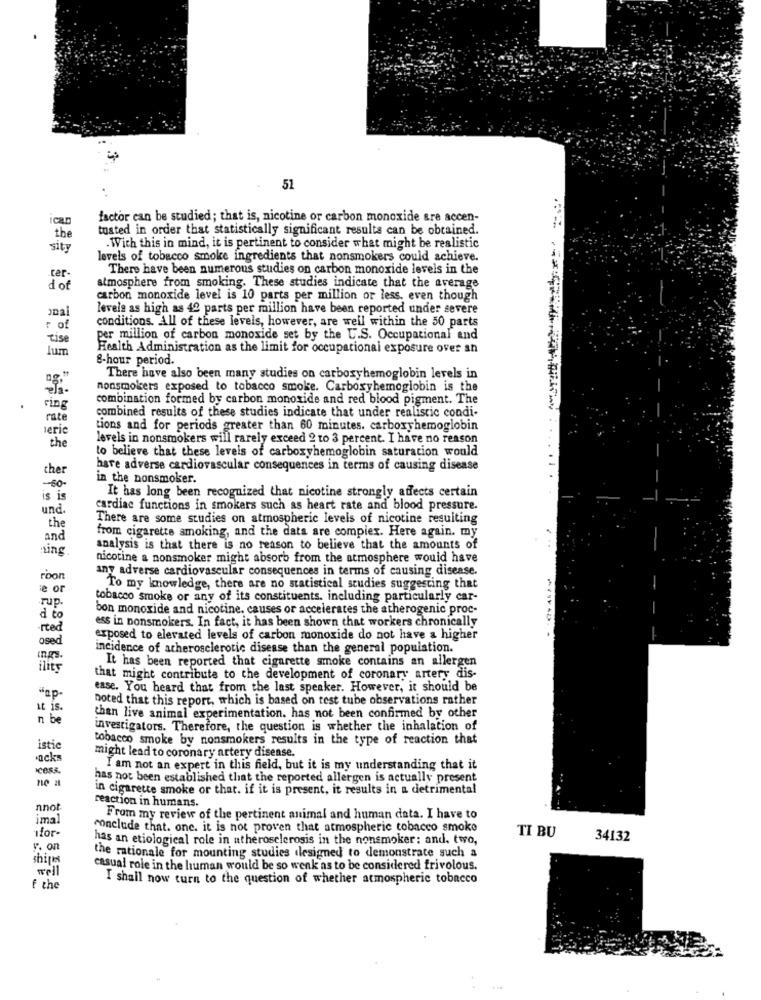
51
Car
factor can be studied; that is, nicotine or carbon monoxide are accen-
tusted in order that statistically significant results can be obtained.
the
sity
. Wich this in mind, it is pertinent to consider what might be realistic
levels of tobacco smoke ingredients that nonsmokers could achieve.
.ter-
There have been numerous studies on carbon monoxide levels in the
dof
atmosphere from smoking. These studies indicate that the average
carbon monoxide level is 10 parts per million or less, even though
levels as high as 42 parts per million have been reported under severe
conditions. All of these levels, however, are well within the 50 parts
r of
tise
per million of carbon monoxide set by the U.S. Occupational and
lum
Health Administration as the limit for occupational exposure over an
8-hour period.
There have also been many studies on carboxyhemoglobin levels in
nonsmokers exposed to tobacco smoke. Carboxyhemoglobin is the
combination formed by carbon monoxide and red blood pigment. The
ring
rate
combined results of these studies indicate that under realistic condi-
eric
tions and for periods greater than 60 minutes. carboxyhemoglobin
the
levels in nonsmokers will rarely exceed 2 to 3 percent. I have no reason
to believe that these levels of carboxyhemoglobin saturation would
ther
have adverse cardiovascular consequences in terms of causing disease
in the nonsmoker.
-60-
is is
It has long been recognized that nicotine strongly affects certain
und.
cardiac functions in smokers such as heart rate and blood pressure.
There are some studies on atmospheric levels of nicotine resulting
the
from cigarette smoking, and the data are complex. Here again. my
and
ning
analysis is that there is no reason to believe that the amounts of
nicotine a nonsmoker might absorb from the atmosphere would have
any adverse cardiovascular consequences in terms of causing disease.
roon
le or
To my knowledge, there are no statistical studies suggesting that
-rup.
tobacco smoke or any of its constituents. including particularly car-
bon monoxide and nicotine. causes or accelerates the atherogenic proc-
d to
ess in nonsmokers. In fact, it has been shown that workers chronically
-rted
osed
exposed to elevated levels of carbon monoxide do not have a higher
incidence of atherosclerotic disease than the general population.
ings.
ility
It has been reported that cigarette smoke contains an allergen
that might contribute to the development of coronary artery dis-
ease. You heard that from the last speaker. However, it should be
noted that this report, which is based on test tube observations rather
it is.
n be
than live animal experimentation. has not been confirmed by other
investigators. Therefore, the question is whether the inhalation of
tobacco smoke by nonsmokers results in the type of reaction that
istic
acks
might lead to coronary artery disease.
cess.
I am not an expert in this field, but it is my understanding that it
has not been established that the reported allergen is actually present
in cigarette smoke or that. if it is present, it results in a detrimental
nnot
reaction in humans.
ma
From my review of the pertinent animal and human data. I have to
conclude that. one. it is not proven that atmospheric tobacco smoke
TI BU
for-
has an etiological role in atherosclerosis in the nonsmoker: and. two,
34132
y. on
shipes
the rationale for mounting studies dlesigned to demonstrate such a
well
casual role in the human would be so wenk as to be considered frivolous.
I shall now turn to the question of whether atmospheric tobacco
f the